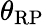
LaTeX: \theta_{\mathrm{RP}}